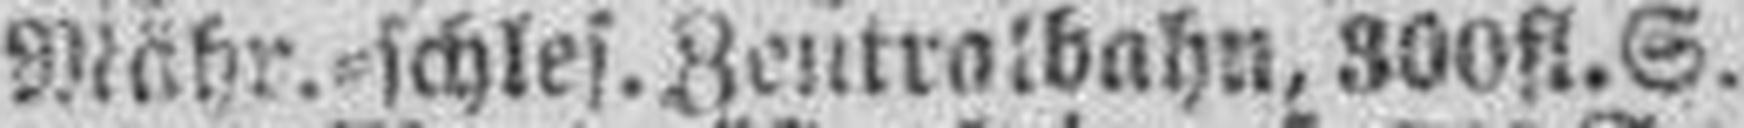
Mähr.=schles. Zentralbahn, 300 fl. S.